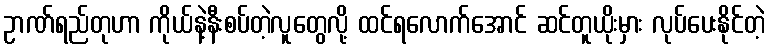
ဥာဏ်ရည်တုဟာ ကိုယ်နဲ့နီးစပ်တဲ့လူတွေလို့ ထင်ရလောက်အောင် ဆင်တူယိုးမှား လုပ်ပေးနိုင်တဲ့